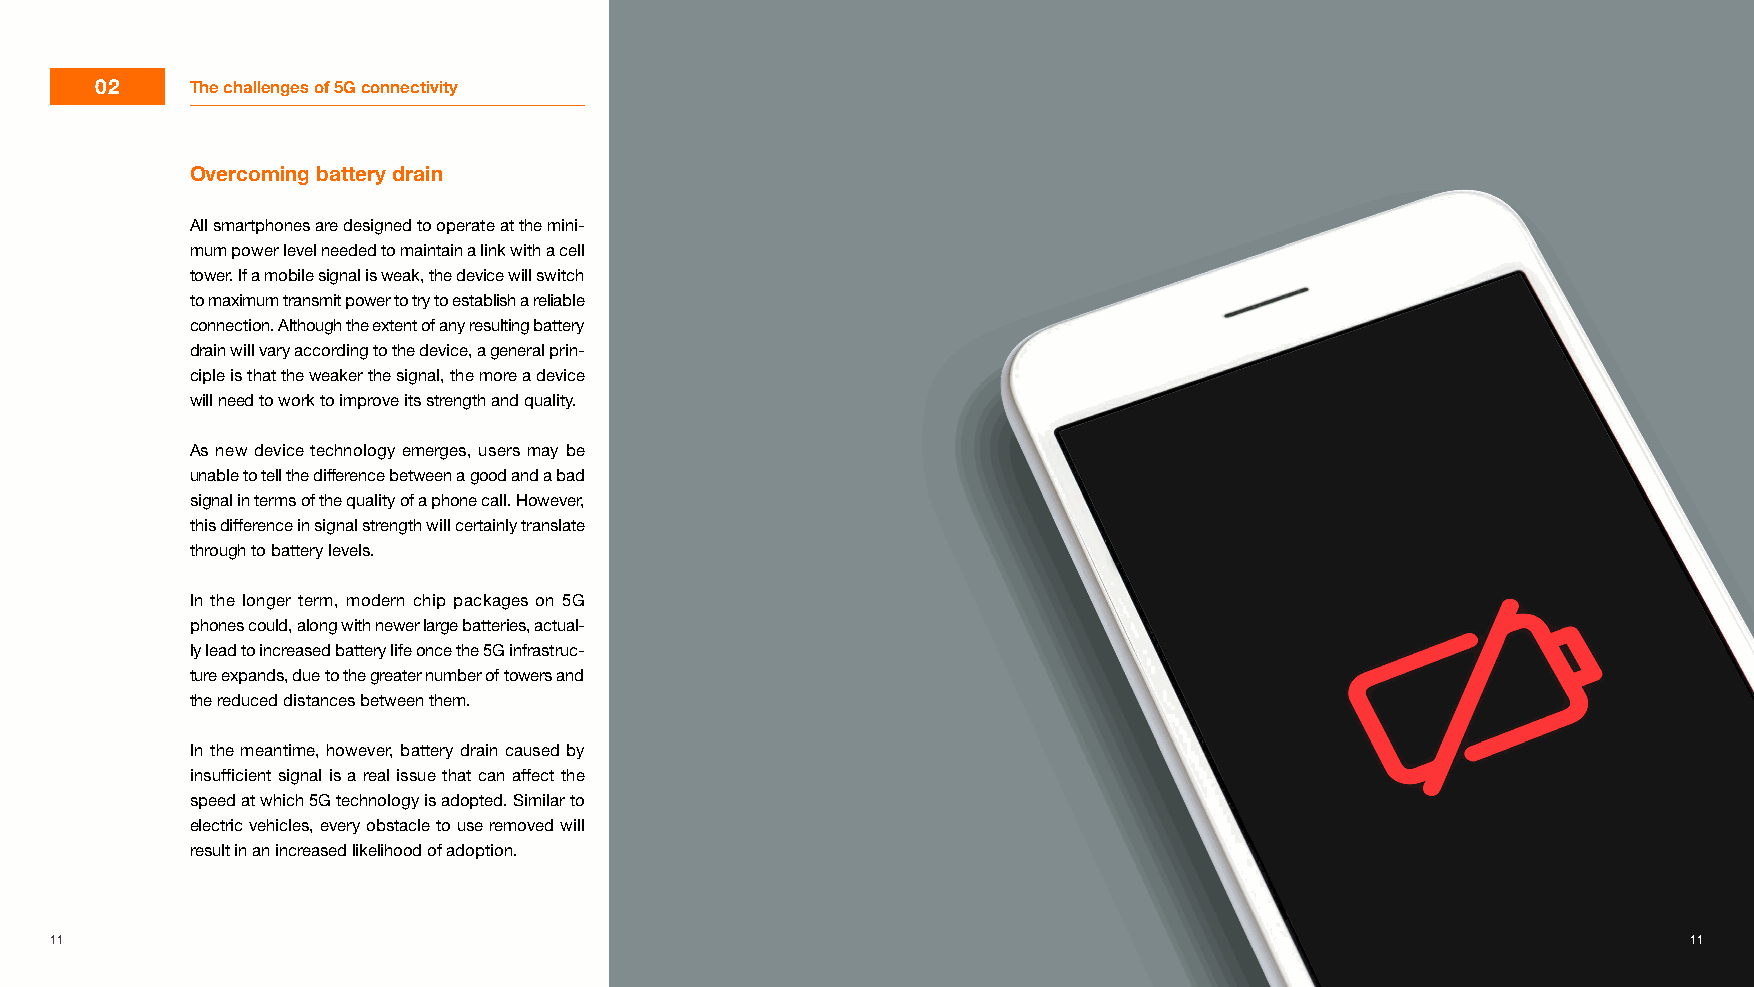
02     The challenges of 5G connectivity
 Overcoming battery drain
 All smartphones are designed to operate at the mini-
 mum power level needed to maintain a link with a cell
 tower. If a mobile signal is weak, the device will switch
 to maximum transmit power to try to establish a reliable
 connection. Although the extent of any resulting battery
 drain will vary according to the device, a general prin-
 ciple is that the weaker the signal, the more a device
 will need to work to improve its strength and quality.
 As new device technology emerges, users may be
 unable to tell the difference between a good and a bad
 signal in terms of the quality of a phone call. However,
 this difference in signal strength will certainly translate
 through to battery levels.
 In the longer term, modern chip packages on 5G
 phones could, along with newer large batteries, actual-
 ly lead to increased battery life once the 5G infrastruc-
 ture expands, due to the greater number of towers and
 the reduced distances between them.
 In the meantime, however, battery drain caused by
 insufficient signal is a real issue that can affect the
 speed at which 5G technology is adopted. Similar to
 electric vehicles, every obstacle to use removed will
 result in an increased likelihood of adoption.
 11                                                                                                           11